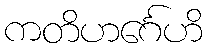
ကတိဟင်္ဂေဟိ